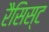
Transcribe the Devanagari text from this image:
रैसिस्ट